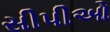
સીપીઓ